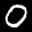
Label: 0